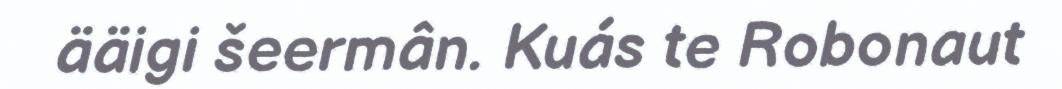
ääigi šeermân. Kuás te Robonaut